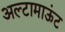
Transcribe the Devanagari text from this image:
अल्टामाऊंट